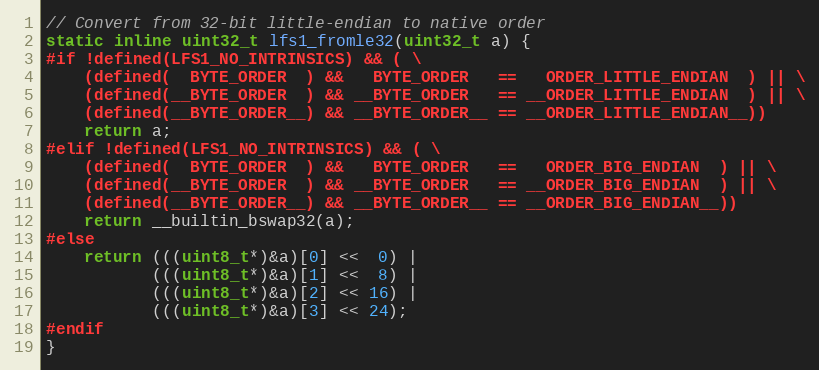
Language: C
// Convert from 32-bit little-endian to native order
static inline uint32_t lfs1_fromle32(uint32_t a) {
#if !defined(LFS1_NO_INTRINSICS) && ( \
    (defined(  BYTE_ORDER  ) &&   BYTE_ORDER   ==   ORDER_LITTLE_ENDIAN  ) || \
    (defined(__BYTE_ORDER  ) && __BYTE_ORDER   == __ORDER_LITTLE_ENDIAN  ) || \
    (defined(__BYTE_ORDER__) && __BYTE_ORDER__ == __ORDER_LITTLE_ENDIAN__))
    return a;
#elif !defined(LFS1_NO_INTRINSICS) && ( \
    (defined(  BYTE_ORDER  ) &&   BYTE_ORDER   ==   ORDER_BIG_ENDIAN  ) || \
    (defined(__BYTE_ORDER  ) && __BYTE_ORDER   == __ORDER_BIG_ENDIAN  ) || \
    (defined(__BYTE_ORDER__) && __BYTE_ORDER__ == __ORDER_BIG_ENDIAN__))
    return __builtin_bswap32(a);
#else
    return (((uint8_t*)&a)[0] <<  0) |
           (((uint8_t*)&a)[1] <<  8) |
           (((uint8_t*)&a)[2] << 16) |
           (((uint8_t*)&a)[3] << 24);
#endif
}